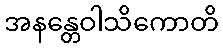
အနန္တေဝါသိကောတိ